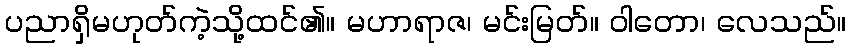
ပညာရှိမဟုတ်ကဲ့သို့ထင်၏။ မဟာရာဇ၊ မင်းမြတ်။ ဝါတော၊ လေသည်။